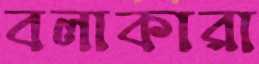
বলাকারা